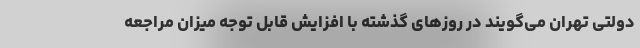
دولتی تهران می‌گویند در روزهای گذشته با افزایش قابل توجه میزان مراجعه